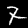
Digit: 7